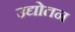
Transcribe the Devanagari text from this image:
उद्योतन